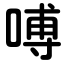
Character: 㗘